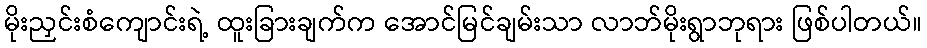
မိုးညှင်းစံကျောင်းရဲ့ ထူးခြားချက်က အောင်မြင်ချမ်းသာ လာဘ်မိုးရွာဘုရား ဖြစ်ပါတယ်။